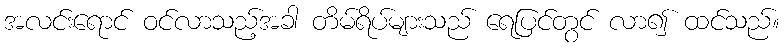
အလင်းရောင် ဝင်လာသည့်အခါ တိမ်ရိပ်များသည် ရေပြင်တွင် လာ၍ ထင်သည်။